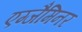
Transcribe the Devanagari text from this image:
एग्जैमिनर